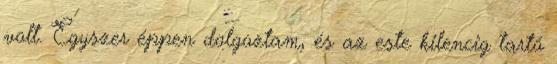
volt. Egyszer éppen dolgoztam, és az este kilencig tartó